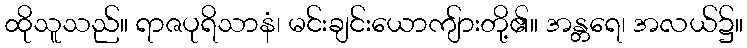
ထိုသူသည်။ ရာဇပုရိသာနံ၊ မင်းချင်းယောကျ်ားတို့၏။ အန္တရေ၊ အလယ်၌။